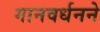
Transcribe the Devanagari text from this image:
गानवर्धनने